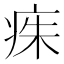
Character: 𤶎